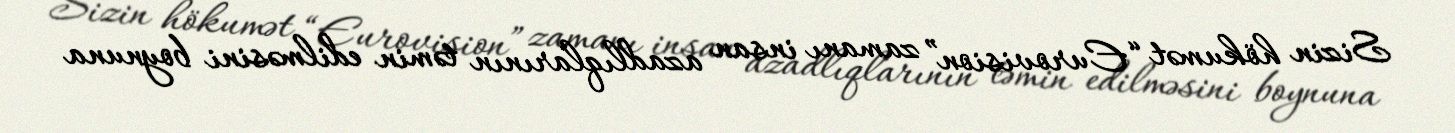
Sizin hökumət “Eurovision” zamanı insan azadlıqlarının təmin edilməsini boynuna